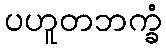
ပဟူတဘက္ခံ